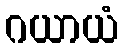
ဂယာယံ